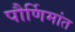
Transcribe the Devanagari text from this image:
पौर्णिमांत